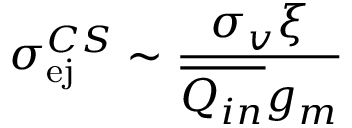
\sigma _ { \mathrm { e j } } ^ { C S } \sim \frac { \sigma _ { v } \xi } { \overline { { Q _ { i n } } } g _ { m } }